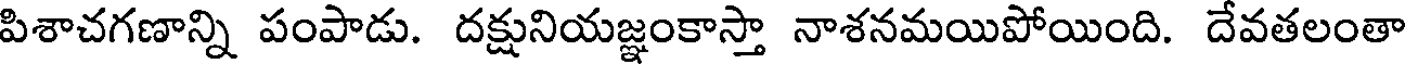
పిశాచగణాన్ని పంపాడు. దక్షునియజ్ఞంకాస్తా నాశనమయిపోయింది. దేవతలంతా